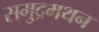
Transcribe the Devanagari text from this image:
समुद्रमथन